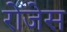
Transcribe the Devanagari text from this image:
रोजेस